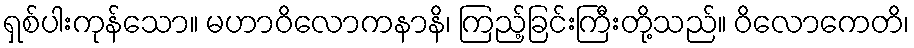
ရှစ်ပါးကုန်သော။ မဟာဝိလောကနာနိ၊ ကြည့်ခြင်းကြီးတို့သည်။ ဝိလောကေတိ၊